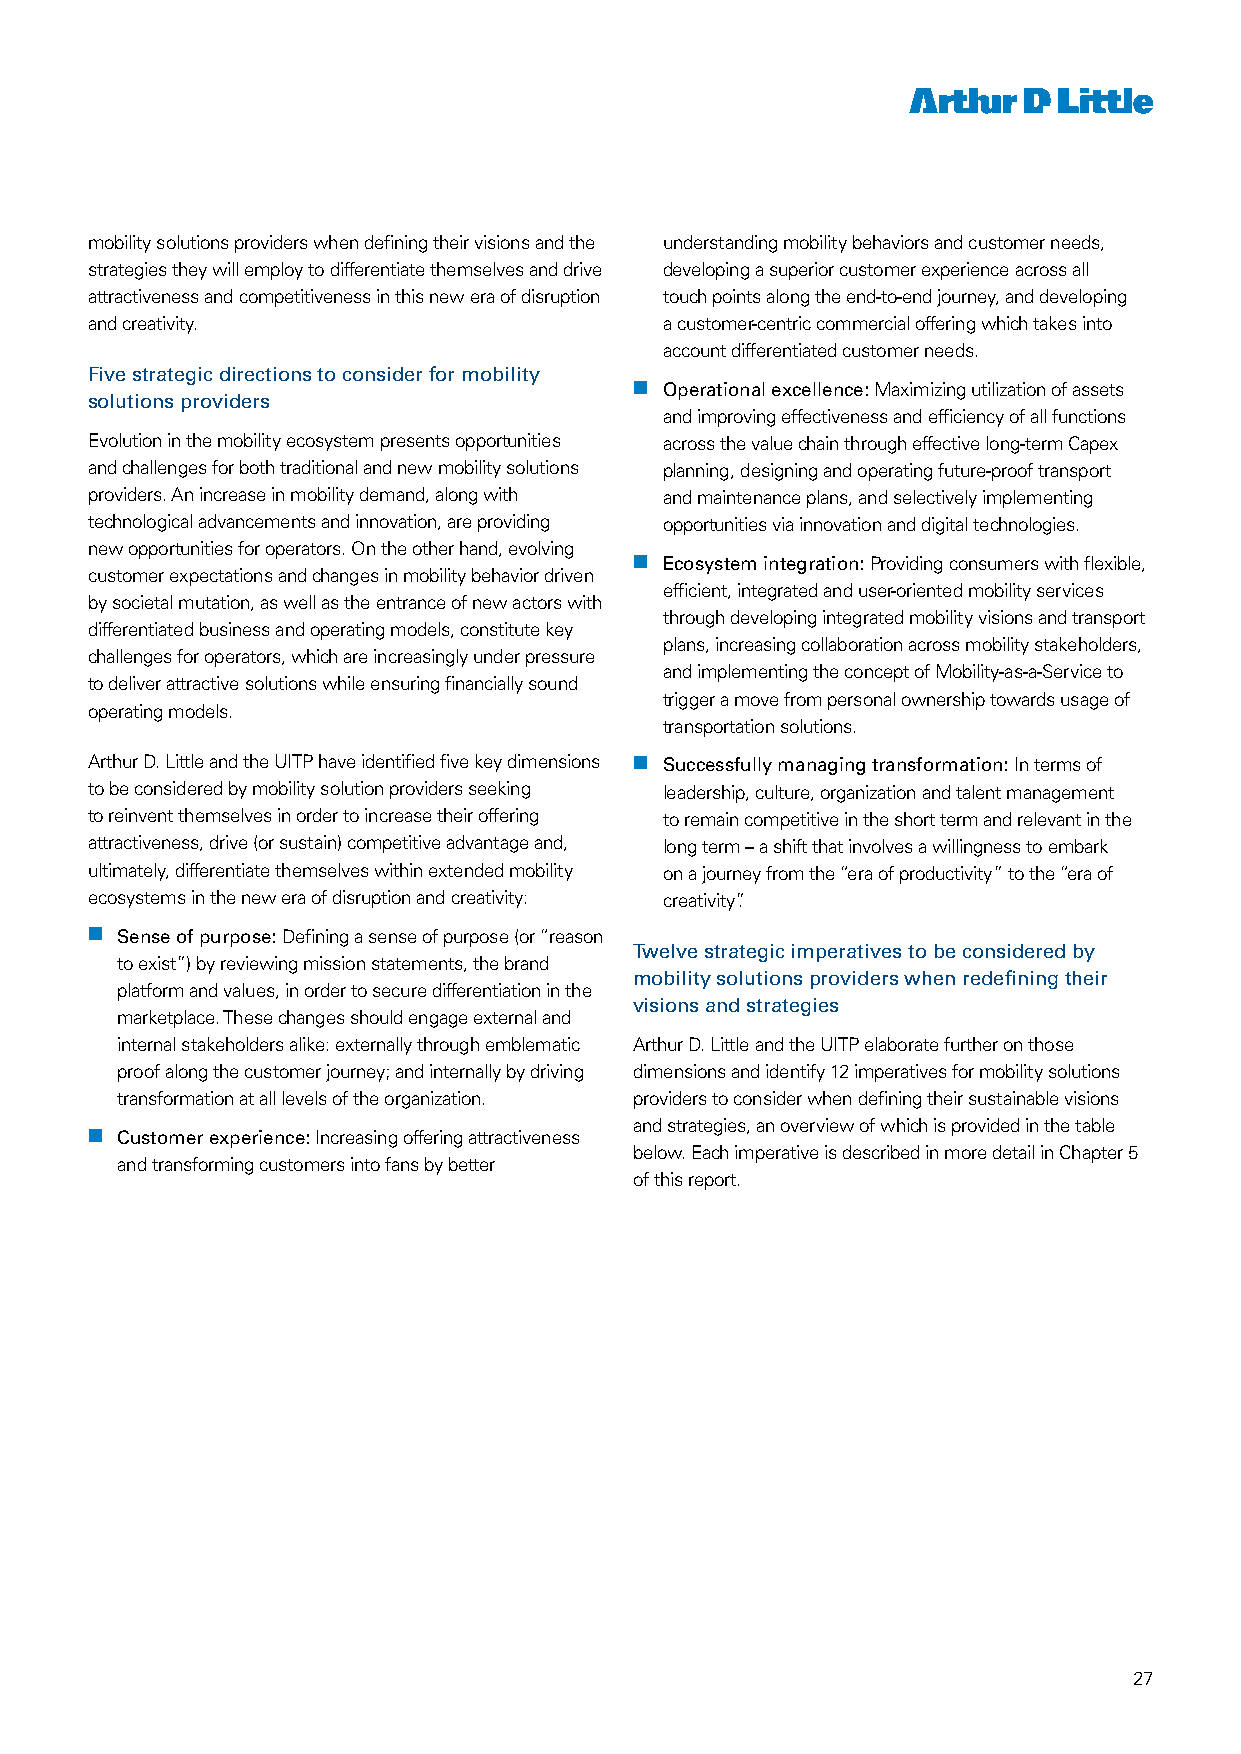
mobility solutions providers when defining their visions and the understanding mobility behaviors and customer needs,
 strategies they will employ to differentiate themselves and drive developing a superior customer experience across all
 attractiveness and competitiveness in this new era of disruption touch points along the end-to-end journey, and developing
 and creativity.                       a customer-centric commercial offering which takes into
 account differentiated customer needs.
 Five strategic directions to consider for mobility
 nn Operational excellence: Maximizing utilization of assets
 solutions providers
 and improving effectiveness and efficiency of all functions
 Evolution in the mobility ecosystem presents opportunities across the value chain through effective long-term Capex
 and challenges for both traditional and new mobility solutions planning, designing and operating future-proof transport
 providers. An increase in mobility demand, along with and maintenance plans, and selectively implementing
 technological advancements and innovation, are providing opportunities via innovation and digital technologies.
 new opportunities for operators. On the other hand, evolving
 nn Ecosystem integration: Providing consumers with flexible,
 customer expectations and changes in mobility behavior driven
 efficient, integrated and user-oriented mobility services
 by societal mutation, as well as the entrance of new actors with
 through developing integrated mobility visions and transport
 differentiated business and operating models, constitute key
 plans, increasing collaboration across mobility stakeholders,
 challenges for operators, which are increasingly under pressure
 and implementing the concept of Mobility-as-a-Service to
 to deliver attractive solutions while ensuring financially sound
 trigger a move from personal ownership towards usage of
 operating models.
 transportation solutions.
 Arthur D. Little and the UITP have identified five key dimensions nn Successfully managing transformation: In terms of
 to be considered by mobility solution providers seeking leadership, culture, organization and talent management
 to reinvent themselves in order to increase their offering to remain competitive in the short term and relevant in the
 attractiveness, drive (or sustain) competitive advantage and, long term – a shift that involves a willingness to embark
 ultimately, differentiate themselves within extended mobility on a journey from the “era of productivity” to the “era of
 ecosystems in the new era of disruption and creativity: creativity”.
 nn Sense of purpose: Defining a sense of purpose (or “reason
 Twelve strategic imperatives to be considered by
 to exist”) by reviewing mission statements, the brand
 mobility solutions providers when redefining their
 platform and values, in order to secure differentiation in the
 visions and strategies
 marketplace. These changes should engage external and
 internal stakeholders alike: externally through emblematic Arthur D. Little and the UITP elaborate further on those
 proof along the customer journey; and internally by driving dimensions and identify 12 imperatives for mobility solutions
 transformation at all levels of the organization. providers to consider when defining their sustainable visions
 and strategies, an overview of which is provided in the table
 nn Customer experience: Increasing offering attractiveness
 below. Each imperative is described in more detail in Chapter 5
 and transforming customers into fans by better
 of this report.
 27